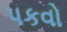
પકવો